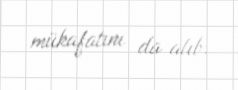
mükafatını da alıb.